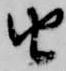
由